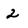
Character: 2